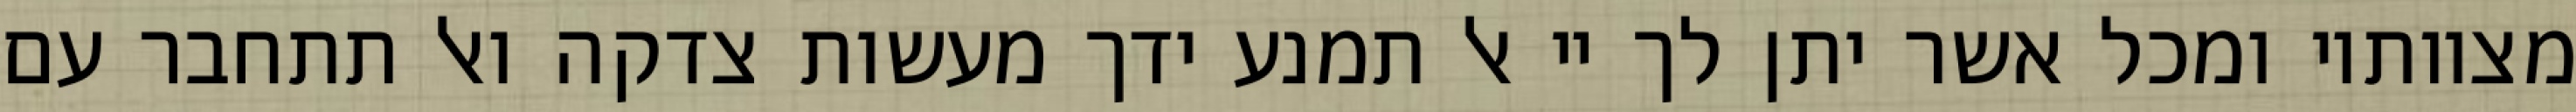
מצוותיו ומכל אשר יתן לך יי אל תמנע ידך מעשות צדקה ואל תתחבר עם